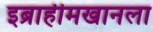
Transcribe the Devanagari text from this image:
इब्राहीमखानला